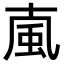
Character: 𩖘